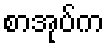
စာအုပ်က